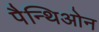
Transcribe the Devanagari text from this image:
पैन्थिओन